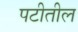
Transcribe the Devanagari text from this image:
पटीतील